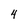
Character: 4